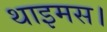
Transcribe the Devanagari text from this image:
थाइमस।